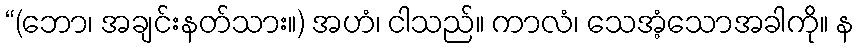
“(ဘော၊ အချင်းနတ်သား။) အဟံ၊ ငါသည်။ ကာလံ၊ သေအံ့သောအခါကို။ န